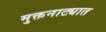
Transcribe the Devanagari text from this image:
मुक्तनाट्यात